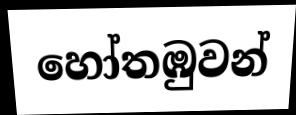
හෝතඹුවන්